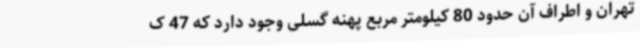
تهران و اطراف آن حدود 80 کیلومتر مربع پهنه گسلی وجود دارد که 47 ک